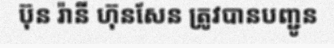
ប៊ុន រ៉ានី ហ៊ុនសែន ត្រូវបានបញ្ជូន